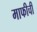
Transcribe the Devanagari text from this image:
माफीची